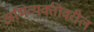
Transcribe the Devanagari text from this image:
अभिव्यक्तीवरील